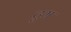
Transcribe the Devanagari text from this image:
टुम